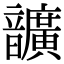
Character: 𩑈